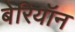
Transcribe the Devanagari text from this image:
बेरियॉन